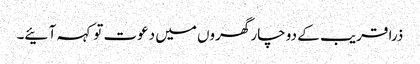
ذرا قریب کے دو چار گھروں میں دعوت تو کہہ آ ئیے۔